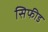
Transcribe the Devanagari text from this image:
सिफीड